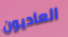
العاديون